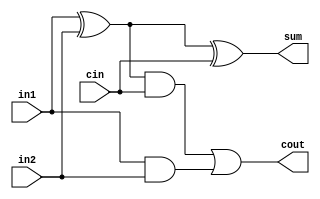
`timescale 1ns/1ns

module FullAdder(input in1 , in2 , cin , output sum , cout);
  wire a , b , c;
  
  xor cut_xor_1(a , in1 , in2);
  xor cut_xor_2(sum , a , cin);
  
  and cut_and_1(b , a , cin);
  and cut_and_2(c , in1 , in2);
  or cut_or_1(cout , b , c);
  
endmodule